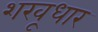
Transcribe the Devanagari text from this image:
शखूधार